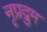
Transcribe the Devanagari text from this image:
नृप्रद्रुम